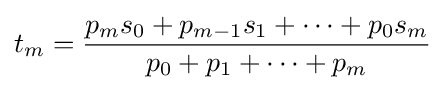
t_{m}={\frac {p_{m}s_{0}+p_{m-1}s_{1}+\cdots +p_{0}s_{m}}{p_{0}+p_{1}+\cdots +p_{m}}}